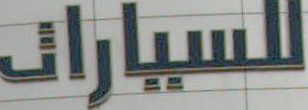
للسيارات